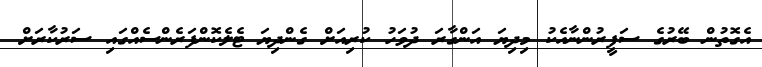
އެގޮތުން ބޭރުގެ ސަފީރުންނާއެކު މިދިޔަ އަންގާރަ ދުވަހު ކުރިއަށް ގެންދިޔަ ޓެލެކޮންފަރެންސެއްގައި ސަރުކާރަށް